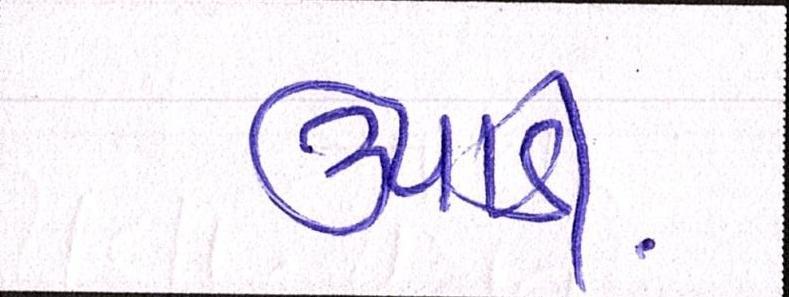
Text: ઉપાડી